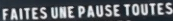
FAITES UNE PAUSE TOUTES